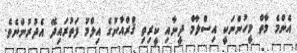
އެންމެ މާތް މީހުންނަކީ އިސްލާމް ދީނާއި ކީރިތި ޤްރްއާނުގެ އިލްމު ފަތުރައިދޭ އެދުރުންނެވެ.